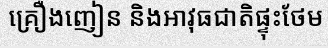
គ្រឿងញៀន និងអាវុធជាតិផ្ទុះថែម